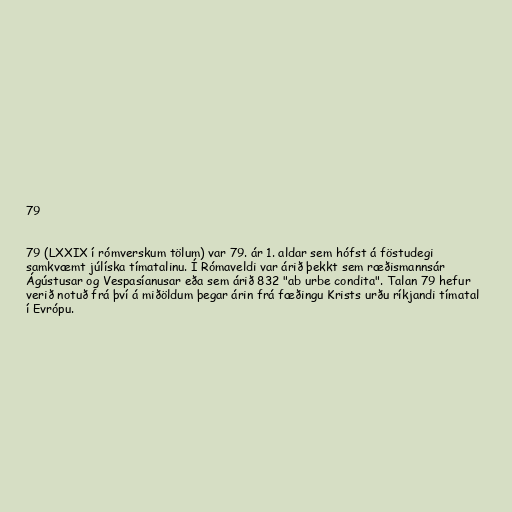
79

79 (LXXIX í rómverskum tölum) var 79. ár 1. aldar sem hófst á föstudegi
samkvæmt júlíska tímatalinu. Í Rómaveldi var árið þekkt sem ræðismannsár
Ágústusar og Vespasíanusar eða sem árið 832 "ab urbe condita". Talan 79 hefur
verið notuð frá því á miðöldum þegar árin frá fæðingu Krists urðu ríkjandi tímatal
í Evrópu.